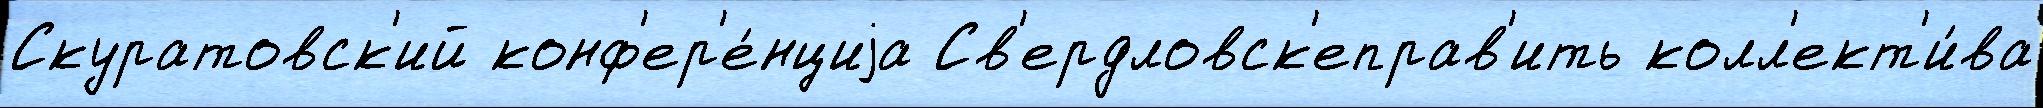
Скуратовск'ий конф'ер'е́нциjа Св'ердловск'еправ'ить колл'ект'и́ва